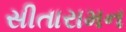
સીતારામન